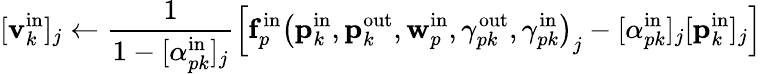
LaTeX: [\mathbf{v}_{k}^{\mathrm{in}}]_{j}\gets\frac{1}{1-[\alpha_{pk}^{\mathrm{in}}]_{j}}\left[\mathbf{f}_{p}^{\mathrm{in}}\left(\mathbf{p}_{k}^{\mathrm{in}},\mathbf{p}_{k}^{\mathrm{out}},\mathbf{w}_{p}^{\mathrm{in}},\gamma_{pk}^{\mathrm{out}},\gamma_{pk}^{\mathrm{in}}\right)_{j}-[\alpha_{pk}^{\mathrm{in}}]_{j}[\mathbf{p}_{k}^{\mathrm{in}}]_{j}\right]